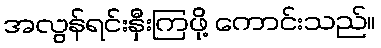
အလွန်ရင်းနှီးကြဖို့ ကောင်းသည်။